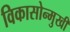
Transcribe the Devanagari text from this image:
विकासोन्मुखी